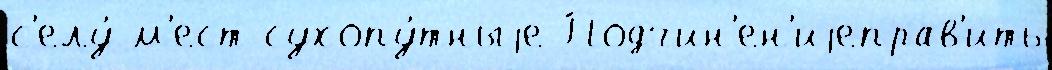
с'елу́ м'ест сухопу́тныjе Подчин'ен'иjеправ'ить